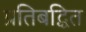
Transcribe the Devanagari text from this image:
प्रतिबद्धित